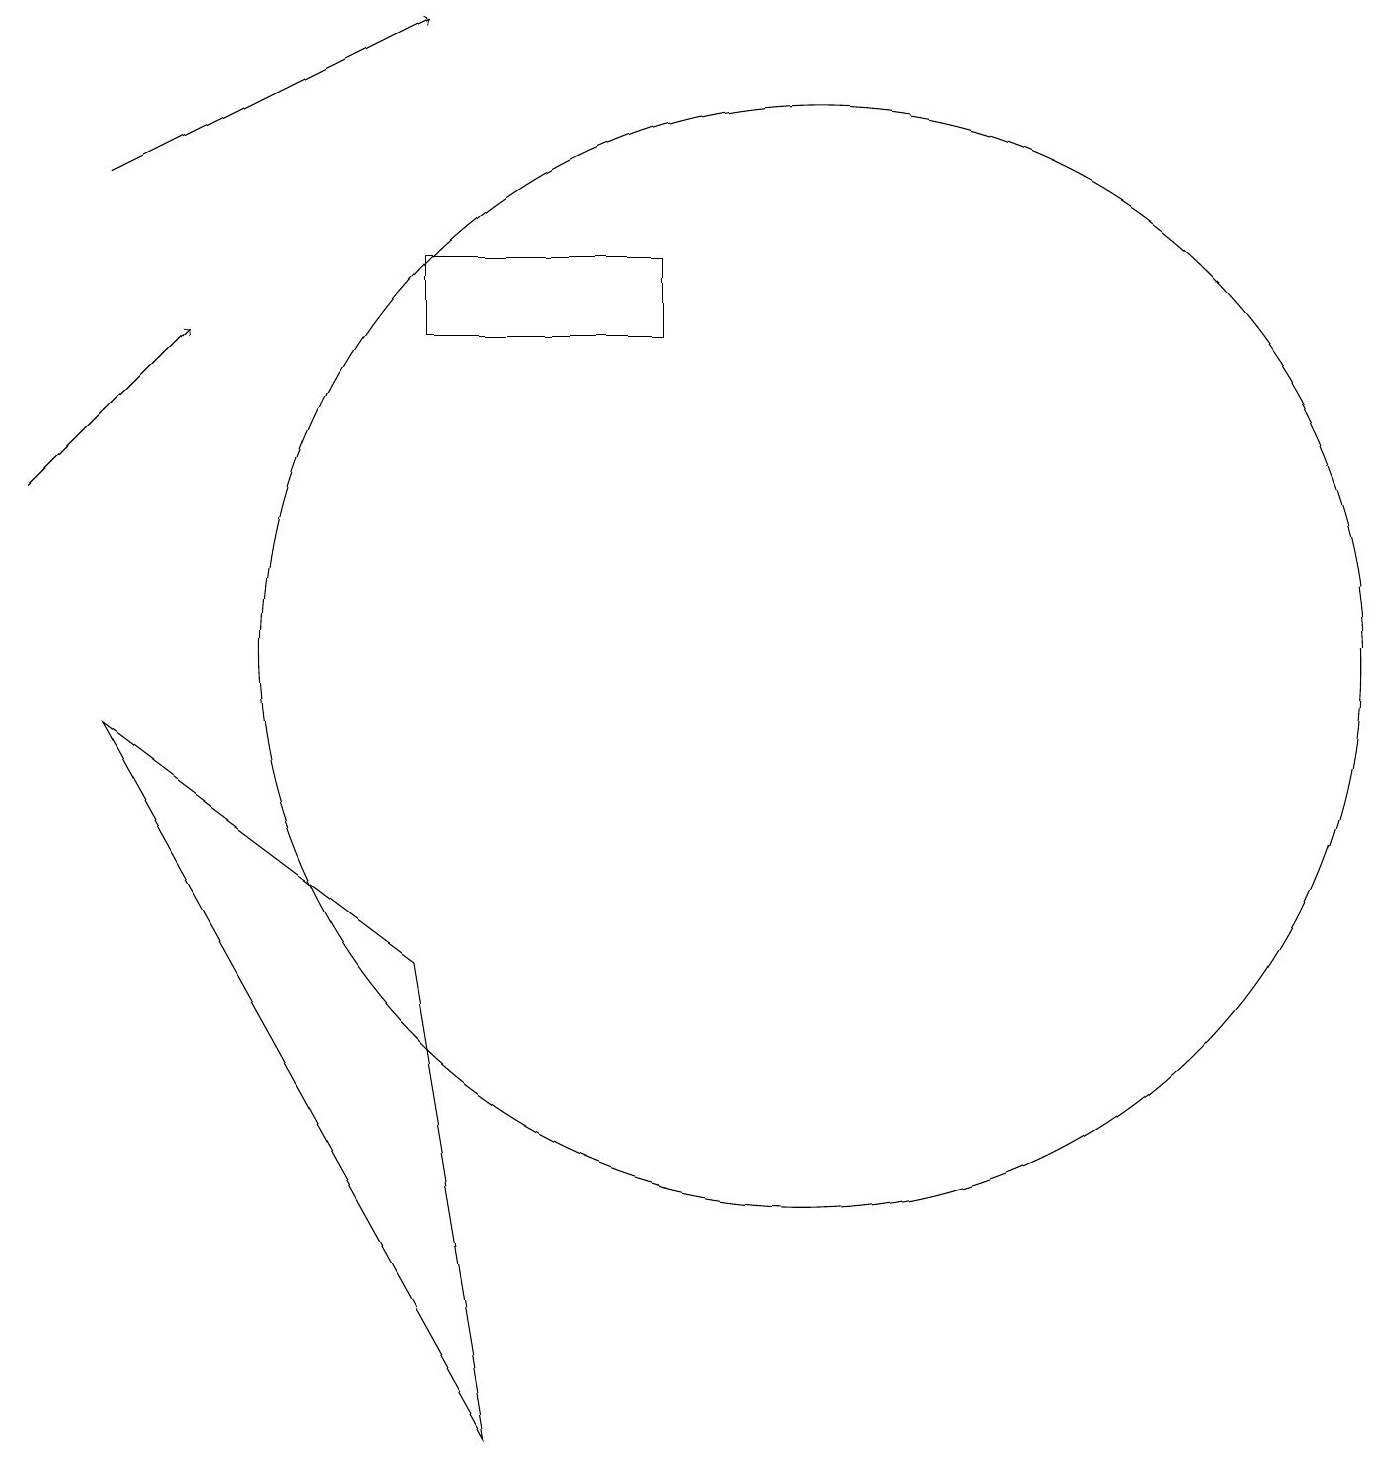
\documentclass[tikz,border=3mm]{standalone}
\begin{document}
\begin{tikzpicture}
\draw (6,15) rectangle (9,14);
\draw (2,9) -- (6,6) -- (7,0) -- cycle;
\draw[->] (1,12) -- (3,14);
\draw[->] (2,16) -- (6,18);
\draw (11,10) circle (7);
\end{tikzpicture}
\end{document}